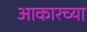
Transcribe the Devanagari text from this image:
आकारच्या